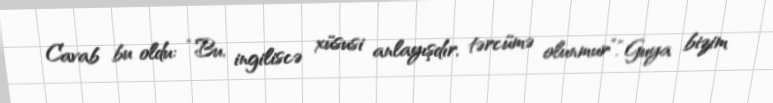
Cavab bu oldu: “Bu, ingiliscə xüsusi anlayışdır, tərcümə olunmur”.“Guya bizim